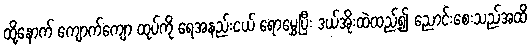
ထို့နောက် ကျောက်ကျော ထုပ်ကို ရေအနည်းငယ် ရောမွှေပြီး ဒယ်အိုးထဲထည့်၍ ညောင်းစေးသည်အထိ